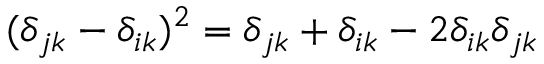
( \delta _ { j k } - \delta _ { i k } ) ^ { 2 } = \delta _ { j k } + \delta _ { i k } - 2 \delta _ { i k } \delta _ { j k }